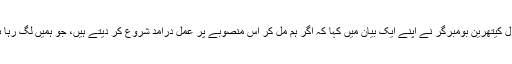
دی ہیگ میں قائم ادارے آئی سی ایم پی کی ڈائریکٹر جنرل کیتھرین بومبرگر نے اپنے ایک بیان میں کہا کہ اگر ہم مل کر اس منصوبے پر عمل درآمد شروع کر دیتے ہیں، جو ہمیں لگ رہا ہے کہ شروع ہو جائے گا، تو یہ ایک تاریخی اقدام ہو گا۔